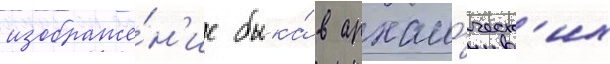
изображе́н'ие быка́ в архаи́ческ'их